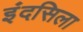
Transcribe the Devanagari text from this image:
इंदसिला